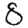
Digit: 8